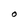
Character: O